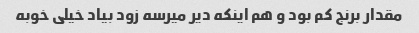
مقدار برنج کم بود و هم اینکه دیر میرسه زود بیاد خیلی خوبه